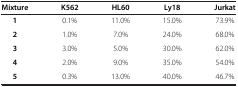
| Mixture | K562 | HL60 | Ly18 | Jurkat |
 | --- | --- | --- | --- | --- |
 | 1 | 0.1% | 11.0% | 15.0% | 73.9% |
 | 2 | 1.0% | 7.0% | 24.0% | 68.0% |
 | 3 | 3.0% | 5.0% | 30.0% | 62.0% |
 | 4 | 2.0% | 9.0% | 35.0% | 54.0% |
 | 5 | 0.3% | 13.0% | 40.0% | 46.7% |